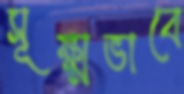
সূক্ষ্মভাবে